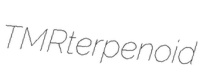
TMR terpenoid